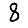
Digit: 8